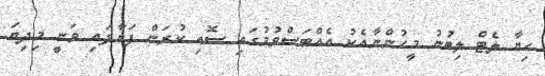
ހިޔާ ލެޓް ލިބުނު މީހުންނާއެކު އެއްބަސްވުމުގައި ސޮއި ކުރަން ފަށާފައި ވަނީ މިދިޔަ